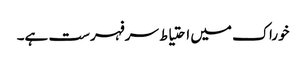
خوراک میں احتیاط سرفہرست ہے۔